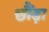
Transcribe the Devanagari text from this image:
छौंड़ा